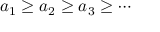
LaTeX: a _ { 1 } \geq a _ { 2 } \geq a _ { 3 } \geq \cdots